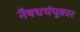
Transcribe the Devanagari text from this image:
नैषधचंपूकार